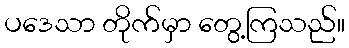
ပဒေသာ တိုက်မှာ တွေ့ကြသည်။